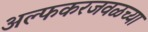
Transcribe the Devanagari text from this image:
अल्फकरजवळच्या